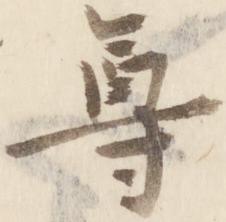
尊